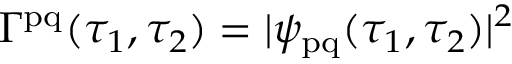
\Gamma ^ { \mathrm { p q } } ( \tau _ { 1 } , \tau _ { 2 } ) = | \psi _ { \mathrm { p q } } ( \tau _ { 1 } , \tau _ { 2 } ) | ^ { 2 }